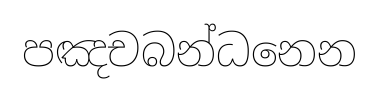
පඤචබන්ධනෙන